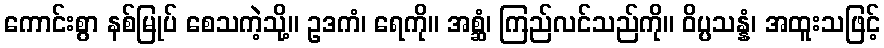
ကောင်းစွာ နစ်မြုပ် စေသကဲ့သို့။ ဥဒကံ၊ ရေကို။ အစ္ဆံ၊ ကြည်လင်သည်ကို။ ဝိပ္ပသန္နံ၊ အထူးသဖြင့်